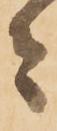
者